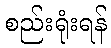
စည်းရုံးရန်